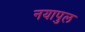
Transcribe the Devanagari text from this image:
नयापुल